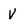
Character: v